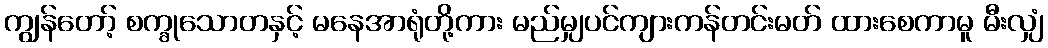
ကျွန်တော့် စက္ခုသောတနှင့် မနေအာရုံတို့ကား မည်မျှပင်ကျားကန်တင်းမတ် ထားစေကာမူ မီးလျှံ